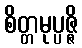
စိတ္တမုပ္ပဇ္ဇိ